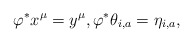
\begin{align*}\varphi^*x^{\mu} = y^{\mu},\varphi^*\theta_{i,a} = \eta_{i,a},\end{align*}